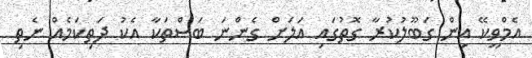
އެމްވީކޭ އިން ގަބޫލުކުރާ ގޮތުގައި އަލަށް ގެންނަ ބަސްތަކާ އެކު ދަތިކަމެއް ނެތި